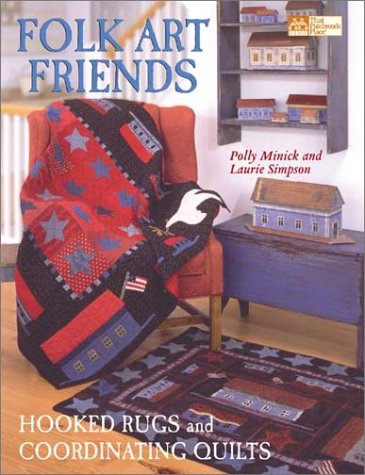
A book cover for Folk Art Friends: Hooked Rugs and Coordinating Quilts (That Patchwork Place); Polly Minick; Crafts, Hobbies & Home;